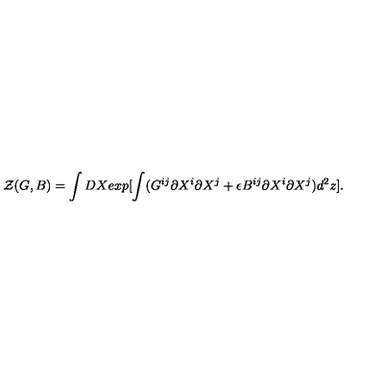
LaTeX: { \cal Z } ( G , B ) = \int D X e x p [ \int ( G ^ { i j } \partial X ^ { i } \partial X ^ { j } + \epsilon B ^ { i j } \partial X ^ { i } \partial X ^ { j } ) d ^ { 2 } z ] .